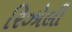
રિઝોલી